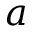
a